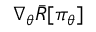
\nabla _ { \boldsymbol { \theta } } \bar { R } [ \pi _ { \boldsymbol { \theta } } ]